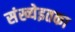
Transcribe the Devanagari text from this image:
संख्येइतका